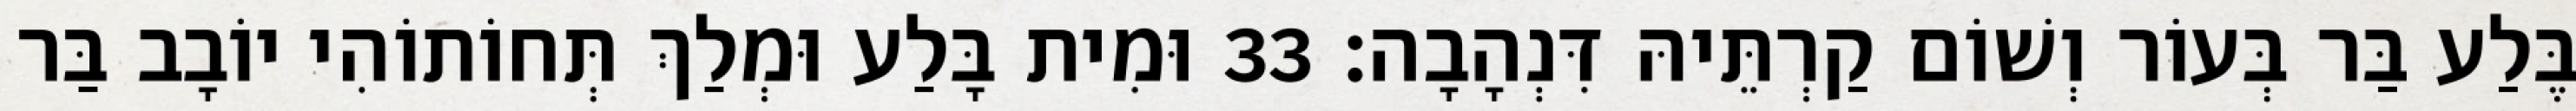
בֶּלַע בַּר בְּעוֹר וְשׁוֹם קַרְתֵּיהּ דִּנְהָבָה׃ 33 וּמִית בָּלַע וּמְלַךְ תְּחוֹתוֹהִי יוֹבָב בַּר